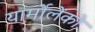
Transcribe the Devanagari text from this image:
यार्मोलेंको